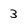
Character: 3